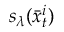
s _ { \lambda } ( \bar { x } _ { t } ^ { i } )